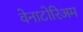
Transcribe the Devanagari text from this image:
वेनाटोरिअम